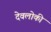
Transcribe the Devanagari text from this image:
देवलोकी